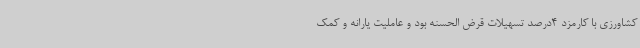
کشاورزی با کارمزد 4درصد تسهیلات قرض الحسنه بود و عاملیت یارانه و کمک